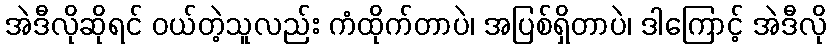
အဲဒီလိုဆိုရင် ဝယ်တဲ့သူလည်း ကံထိုက်တာပဲ၊ အပြစ်ရှိတာပဲ၊ ဒါကြောင့် အဲဒီလို